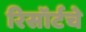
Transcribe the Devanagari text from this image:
रिसॉर्टचे